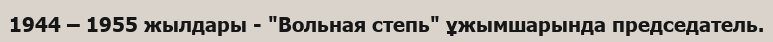
1944 – 1955 жылдары - "Вольная степь" ұжымшарында председатель.